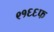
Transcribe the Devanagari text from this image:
९१६६फ